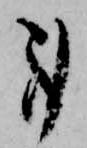
事